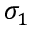
\sigma _ { 1 }